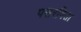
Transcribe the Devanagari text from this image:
पसरविता